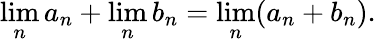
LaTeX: \operatorname*{lim}_{n}a_{n}+\operatorname*{lim}_{n}b_{n}=\operatorname*{lim}_{n}(a_{n}+b_{n}).